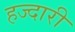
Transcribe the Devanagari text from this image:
हज्दारी